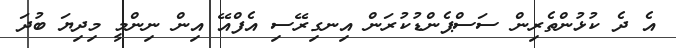
އެ ދެ ކުޅުންތެރިން ސަސްޕެންޑުކުރަން އިނގިރޭސި އެފްއޭ އިން ނިންމީ މިދިޔަ ބުދަ